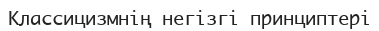
Классицизмнің негізгі принциптері